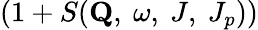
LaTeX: (1+S(\mathbf{Q},\ \omega,\ J,\ J_{p}))